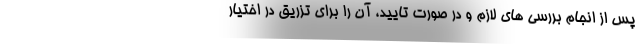
پس از انجام بررسی های لازم و در صورت تایید، آن را برای تزریق در اختیار